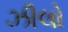
ઝીલો